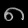
Digit: ၈